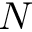
N